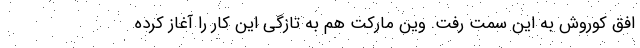
افق کوروش به این سَمت رفت. وین مارکت هم به تازگی این کار را آغاز کرده